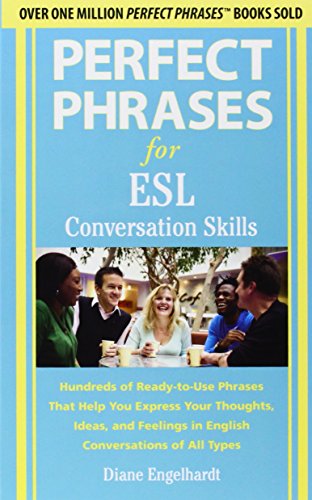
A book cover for Perfect Phrases for ESL Conversation Skills: With 2,100 Phrases; Diane Engelhardt; Reference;